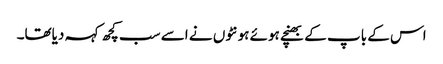
اس کے باپ کے بھنچے ہوئے ہونٹوں نے اسے سب کچھ کہہ دیاتھا۔